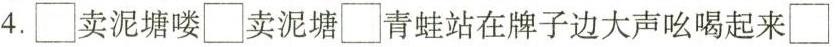
4. \Box卖泥塘喽\Box卖泥塘\Box青蛙站在牌子边大声吆喝起来\Box